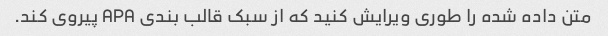
متن داده شده را طوری ویرایش کنید که از سبک قالب بندی APA پیروی کند.